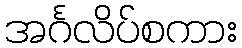
အင်္ဂလိပ်စကား